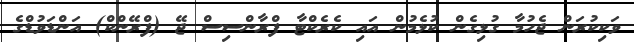
ވަކިކުރަން ޖެހުމާ ގުޅިގެން ކުޅެމުން އައި ކެރެކްޓާ ފްރާންސިސް ޖޭ (ފްރޭންކް) އަންޑަވުޑްގެ